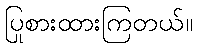
ပြုစားထားကြတယ်။